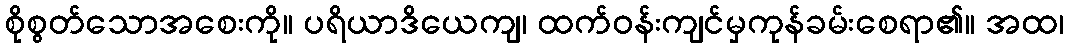
စိုစွတ်သောအစေးကို။ ပရိယာဒိယေကျ၊ ထက်ဝန်းကျင်မှကုန်ခမ်းစေရာ၏။ အထ၊